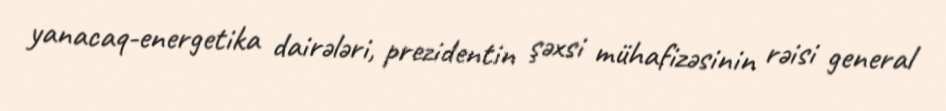
yanacaq-energetika dairələri, prezidentin şəxsi mühafizəsinin rəisi general